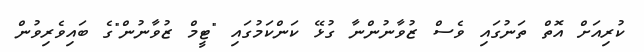
ކުރިއަށް އޮތް ތަނުގައި ވެސް ޒުވާނުންނާ ގުޅޭ ކަންކަމުގައި "ޓީމް ޒުވާނުން"ގެ ބައިވެރިވުން